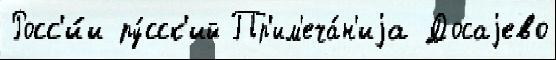
Росс'и́и ру́сск'ий Пр'им'еча́н'иjа Досаjево